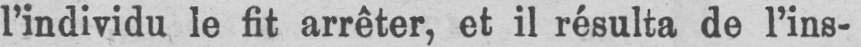
l’individu le fit arrêter, et il résulta de l’ins-